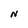
Character: N